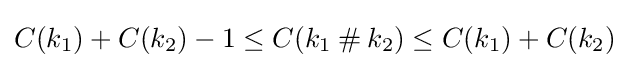
C(k_{1})+C(k_{2})-1\leq C(k_{1}\mathbin {\#} k_{2})\leq C(k_{1})+C(k_{2})